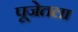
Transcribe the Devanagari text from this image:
पूजेतला